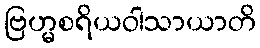
ဗြဟ္မစရိယဝါသာယာတိ